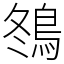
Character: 䳉